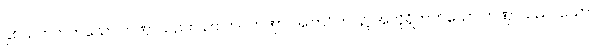
နှစ်သက်တတ်သော တဏှာသည်။ ယာ ဘဝတဏှာ၊ အကြင်ဘဝ၌ အလိုရှိတတ်သော တဏှာသည်။ ယော